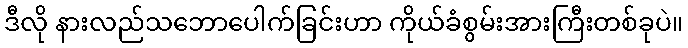
ဒီလို နားလည်သဘောပေါက်ခြင်းဟာ ကိုယ်ခံစွမ်းအားကြီးတစ်ခုပဲ။